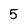
Character: 5